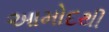
આમોદથી